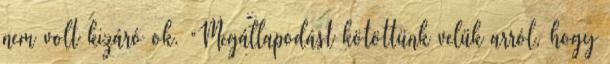
nem volt kizáró ok. “Megállapodást kötöttünk velük arról, hogy